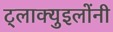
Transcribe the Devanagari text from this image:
ट्लाक्युइलोंनी